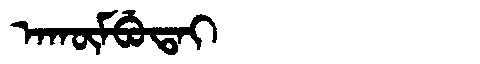
Manchu: ᠠᡴᡡᠮᠪᡠᡨᠠᡳ
Romanization: AKŪMBUTAI